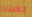
خاصتنا